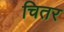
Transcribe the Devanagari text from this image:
चितर